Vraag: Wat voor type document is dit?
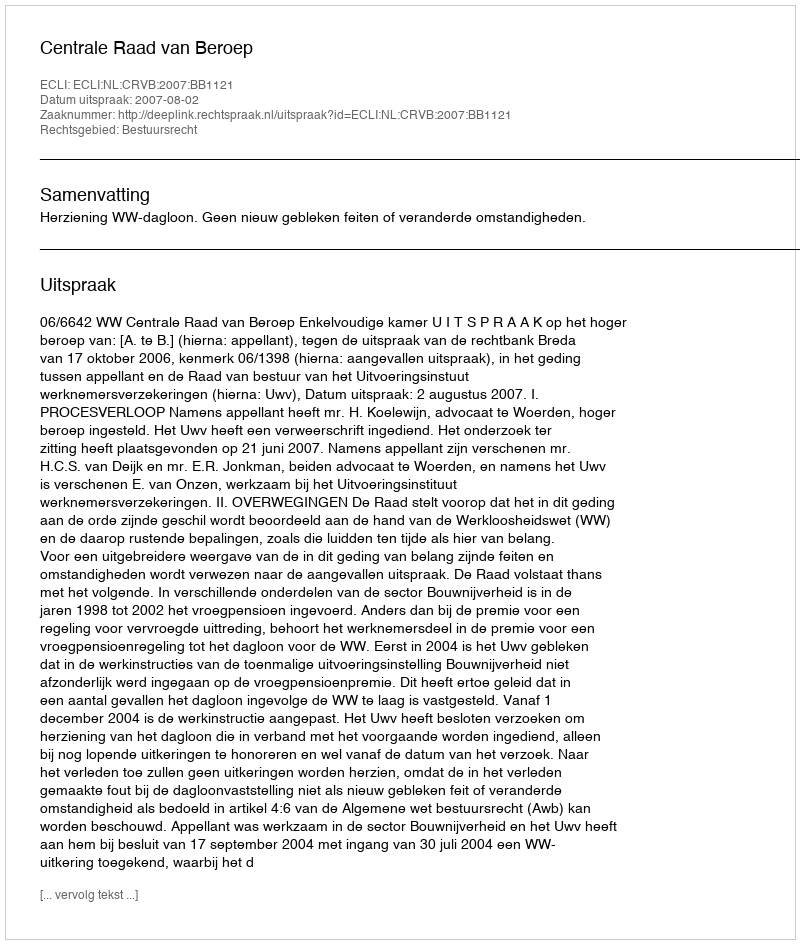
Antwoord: Uitspraak